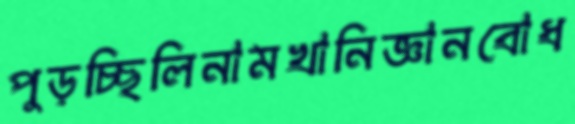
পুড়চ্ছিলিনামখানিজ্ঞানবোধ